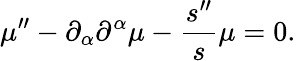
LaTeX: \mu^{\prime\prime}-\partial_{\alpha}\partial^{\alpha}\mu-\frac{s^{\prime\prime}}{s}\mu=0.